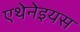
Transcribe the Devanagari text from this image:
एथेनेइयस